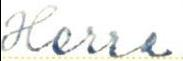
Herra